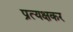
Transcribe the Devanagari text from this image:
प्रत्यक्षकर